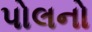
પોલનો